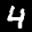
Label: 4